65_HS1-834228961_62-HQ-83894_Section_2
Agency: FBI
Page 25
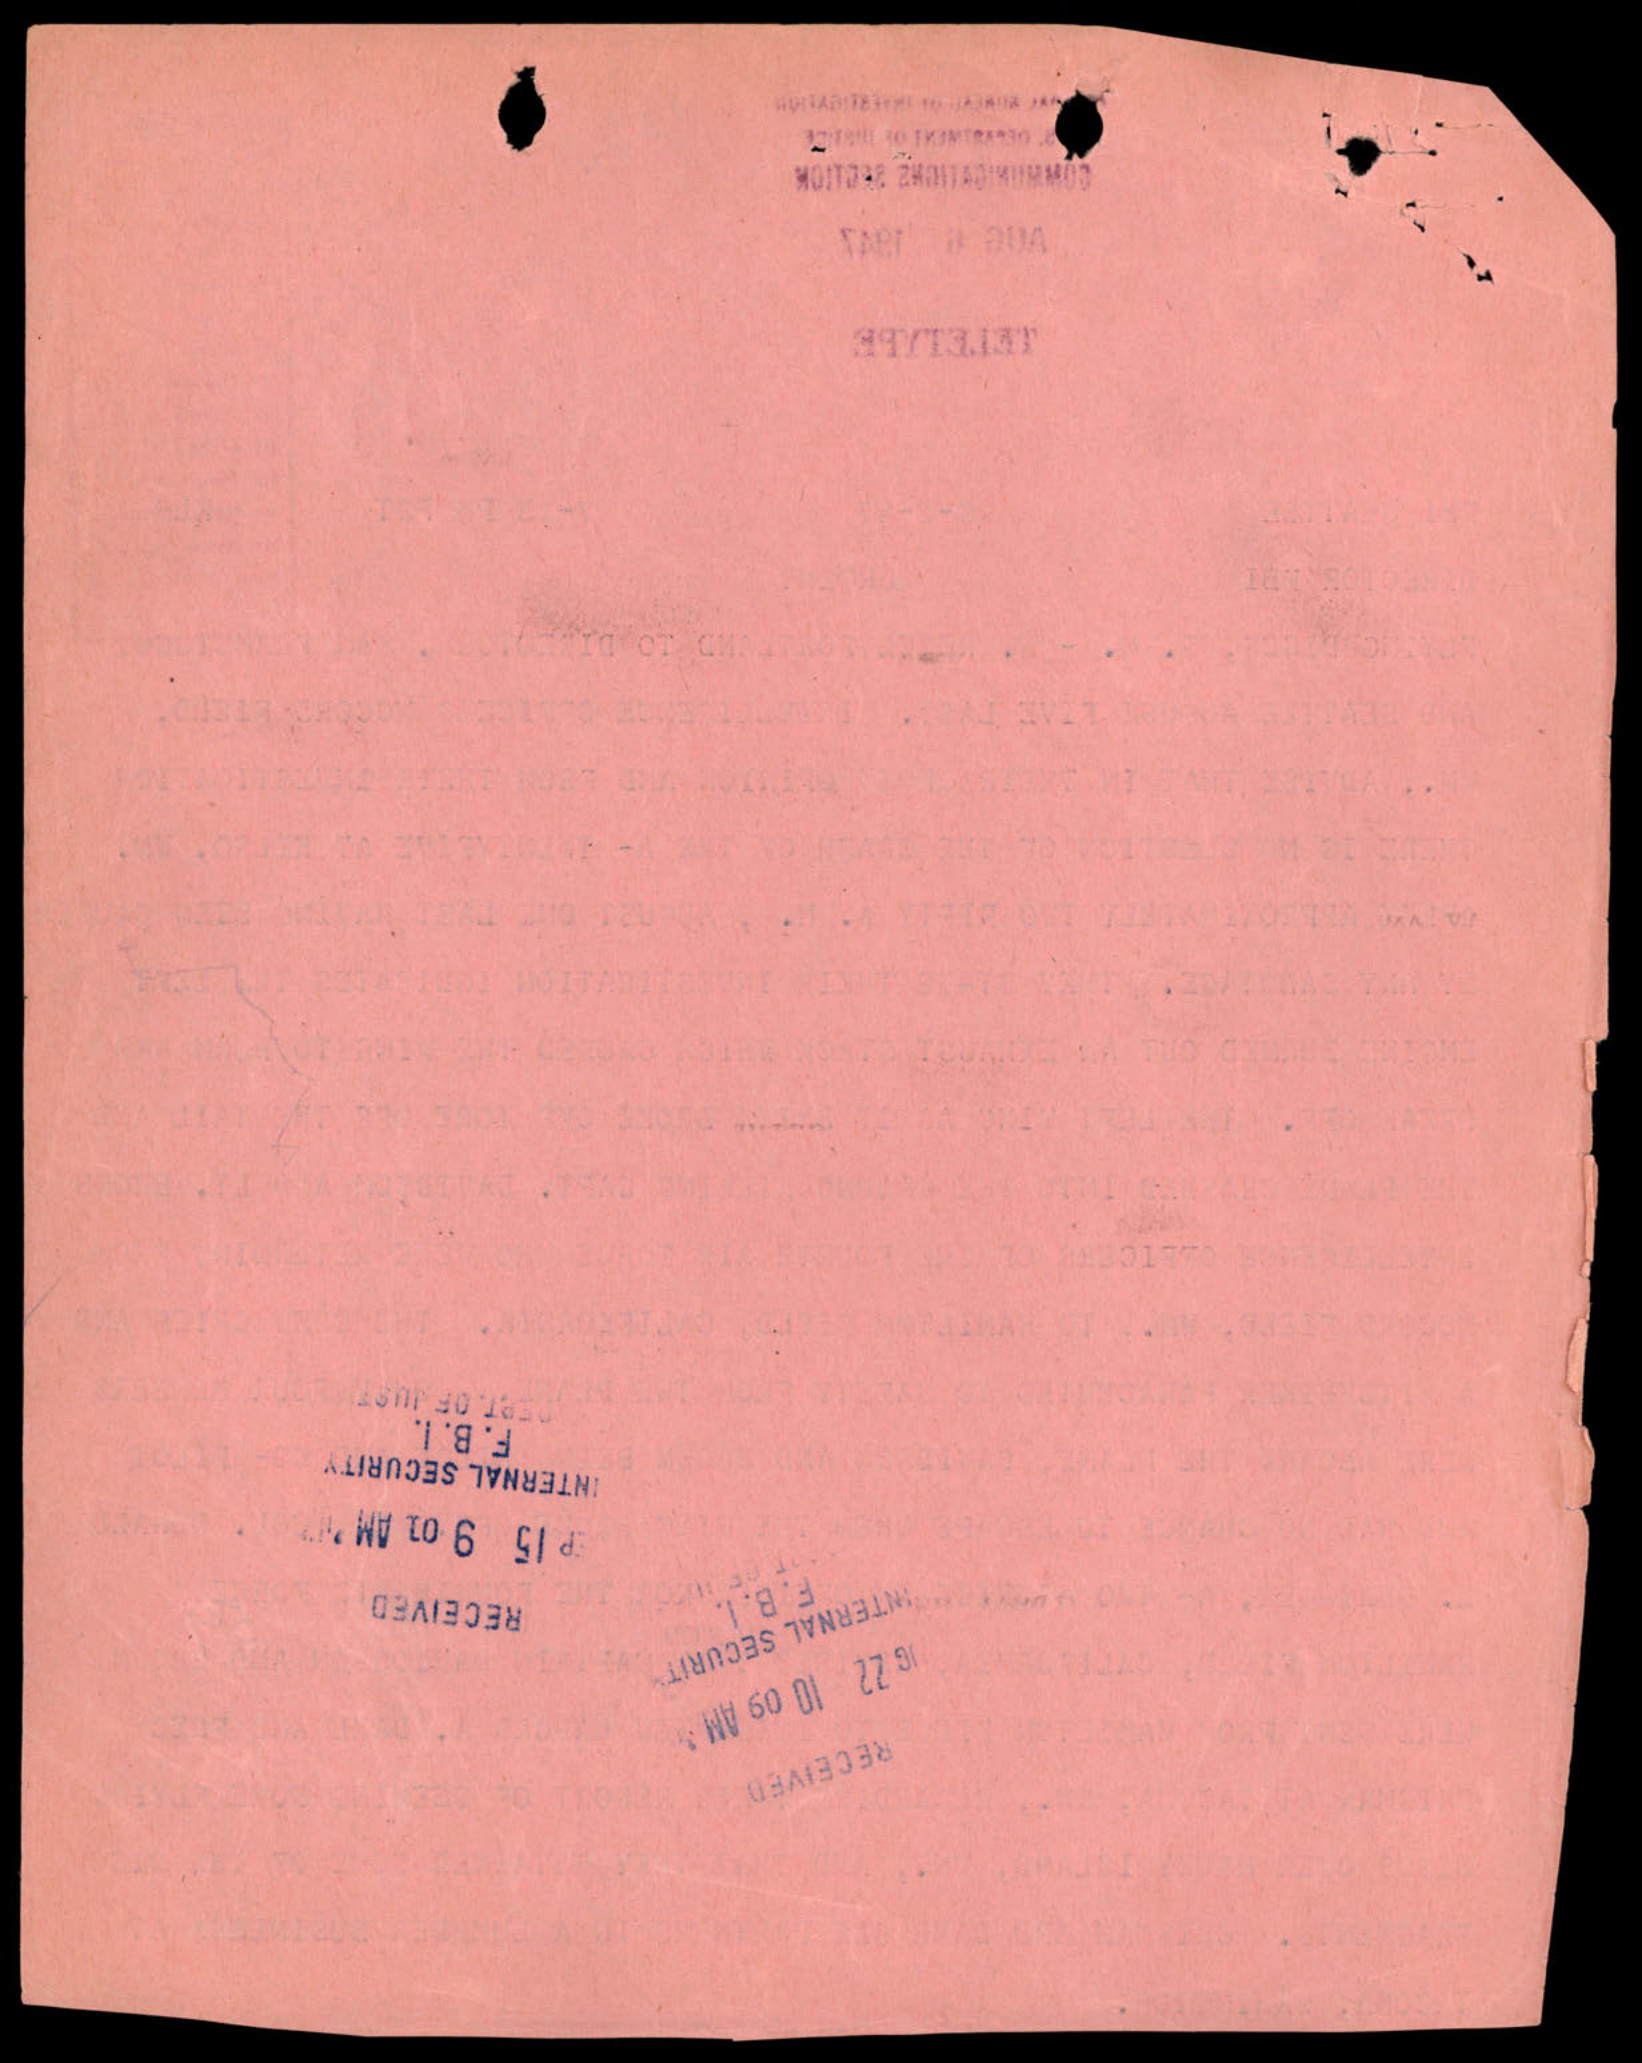